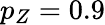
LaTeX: p_{Z}=0.9